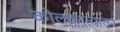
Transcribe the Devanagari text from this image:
कोलकात्यावर